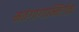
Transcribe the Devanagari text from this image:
मतंगांगान्निर्गता